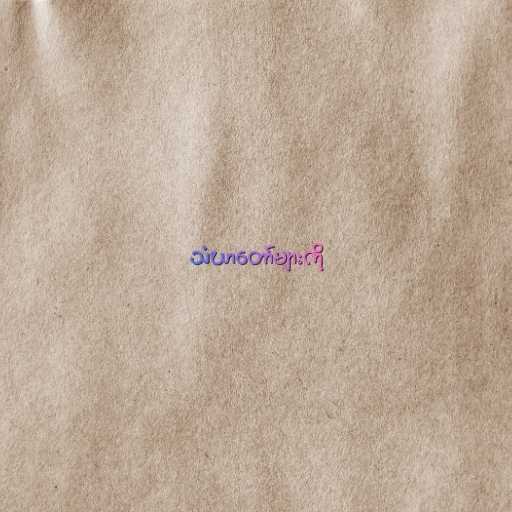
သံဃာတော်များကို